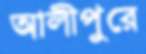
আলীপুরে